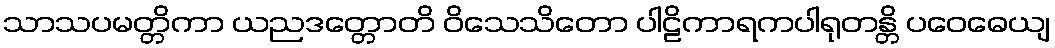
သာသပမတ္တိကာ ယညဒတ္တောတိ ဝိသေသိတော ပါဠိကာရကပါရုတန္တိ ပဝေဓေယျ